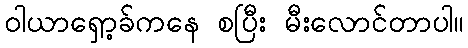
ဝါယာရှော့ခ်ကနေ စပြီး မီးလောင်တာပါ။